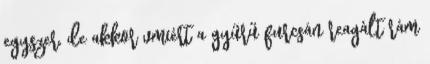
egyszer, de akkor vmiért a gyűrű furcsán reagált rám